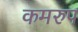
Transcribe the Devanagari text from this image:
कमरुप